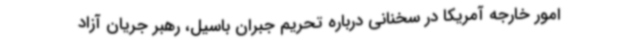
امور خارجه آمریکا در سخنانی درباره تحریم جبران باسیل، رهبر جریان آزاد